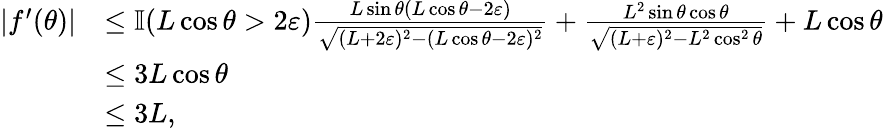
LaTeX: \begin{array}{rl}{|f^{\prime}(\theta)|}&{\leq\mathbb{I}(L\cos\theta>2\varepsilon)\frac{L\sin\theta(L\cos\theta-2\varepsilon)}{\sqrt{(L+2\varepsilon)^{2}-(L\cos\theta-2\varepsilon)^{2}}}+\frac{L^{2}\sin\theta\cos\theta}{\sqrt{(L+\varepsilon)^{2}-L^{2}\cos^{2}\theta}}+L\cos\theta}\\ &{\leq 3L\cos\theta}\\ &{\leq 3L,}\end{array}